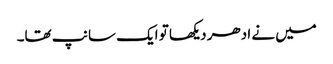
میں نے ادھر دیکھا تو ایک سانپ تھا۔